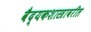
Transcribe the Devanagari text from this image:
वैद्यकशास्त्रावरील